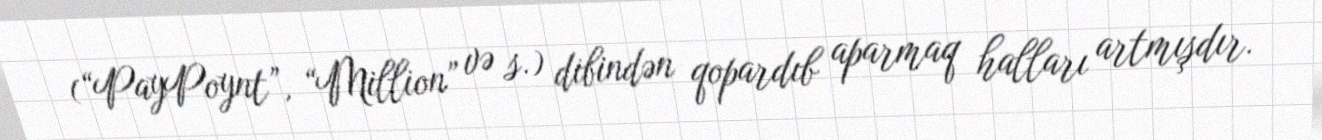
(“PayPoynt”, “Million” və s.) dibindən qopardıb aparmaq halları artmışdır.